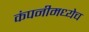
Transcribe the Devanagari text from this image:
कंपनीमध्येच